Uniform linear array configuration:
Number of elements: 8
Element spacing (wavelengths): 0.75
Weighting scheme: kaiser
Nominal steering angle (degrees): -60
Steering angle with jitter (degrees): -59.831
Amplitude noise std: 0.05
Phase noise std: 0.05

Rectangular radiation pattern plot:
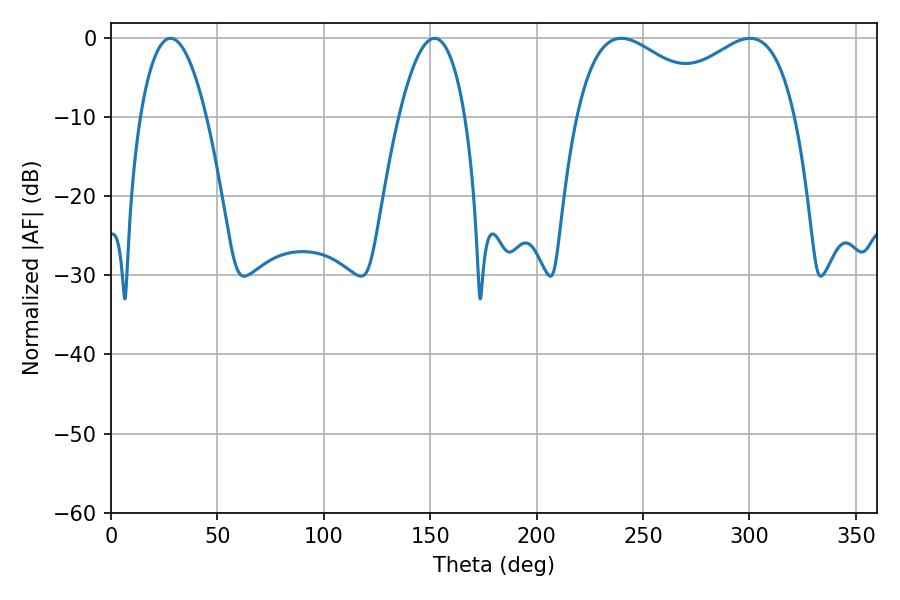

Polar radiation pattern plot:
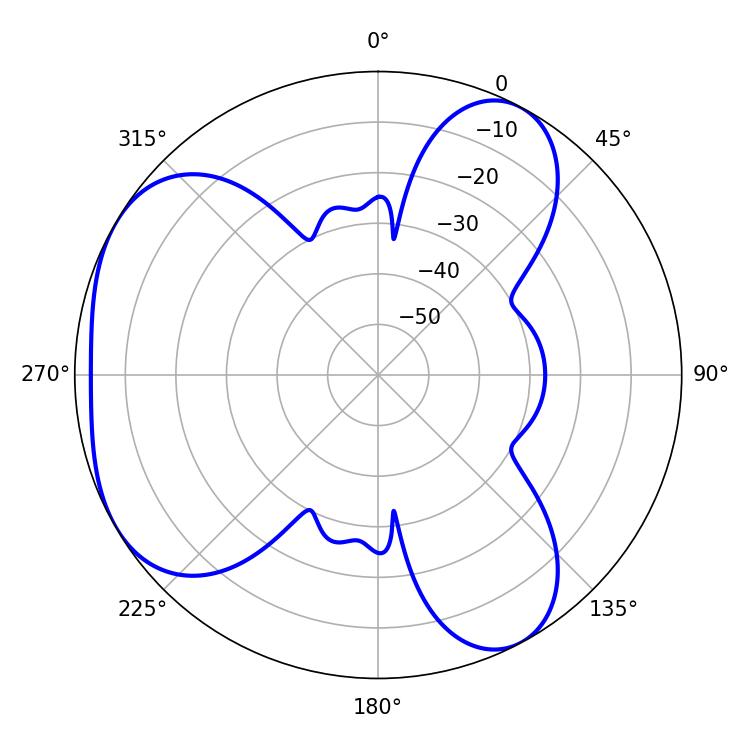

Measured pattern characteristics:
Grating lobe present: TRUE
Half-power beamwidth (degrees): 37.98
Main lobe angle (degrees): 300.24